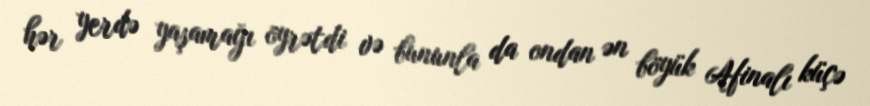
hər yerdə yaşamağı öyrətdi və bununla da ondan ən böyük Afinalı küçə